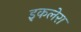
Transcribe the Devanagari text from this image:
इकलेरा